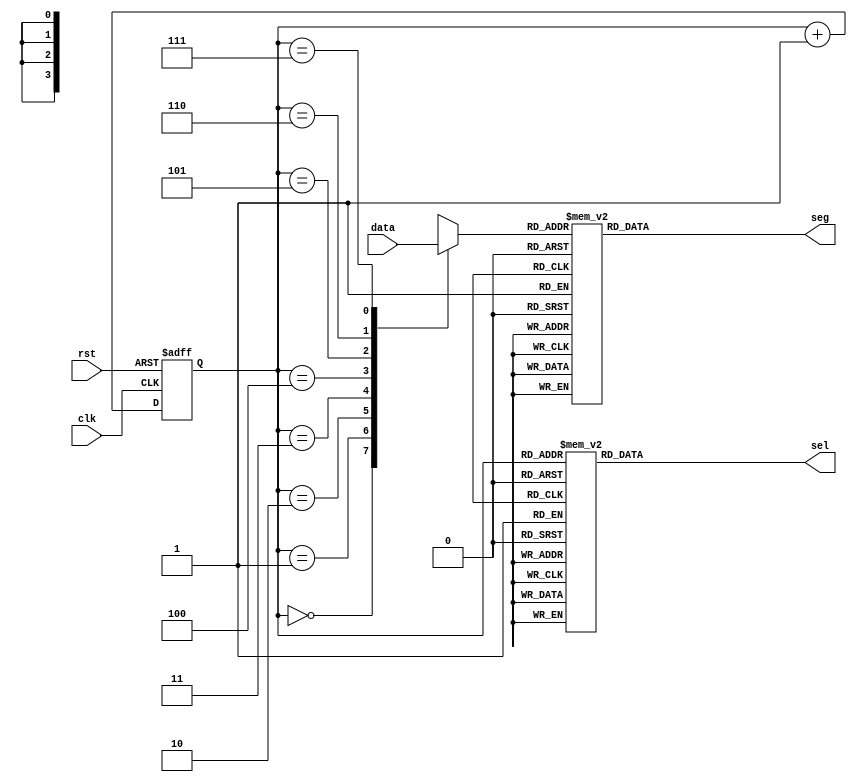
module dongtaishumaguan(clk,rst,data,sel,seg);
    input clk;
	 input rst;
	 input [31:0] data;
	 output reg [7:0] sel;
	 output reg [7:0] seg;
	 reg [2:0] cnt;
	 always @(posedge clk or negedge rst)
	   begin
	    if(!rst)
	      cnt <= 0;
	    else
	      cnt <= cnt+1'b1;
	   end
	 always @(*)begin
	  case(cnt)
	   0:sel = 8'b0000_0001;
	   1:sel = 8'b0000_0010;
	   2:sel = 8'b0000_0100;
	   3:sel = 8'b0000_1000;
	   4:sel = 8'b0001_0000;
	   5:sel = 8'b0010_0000;
	   6:sel = 8'b0100_0000;
	   7:sel = 8'b1000_0000;
	  endcase
	end
	 reg [3:0] data_1;
	always@(*)begin
	  case(cnt)
	    0:data_1 = data[31:28];
		1:data_1 = data[27:24];
		2:data_1 = data[23:20];
		3:data_1 = data[19:16];
		4:data_1 = data[15:12];
		5:data_1 = data[11:8];
		6:data_1 = data[7:4];
		7:data_1 = data[3:0];
	  endcase
	end
	always @(*)begin
	  case(data_1)
	     0:seg = 8'hc0;
		 1:seg = 8'hf9;
		 2:seg = 8'ha4;
		 3:seg = 8'hb0;
		 4:seg = 8'h99;
		 5:seg = 8'h92;
		 6:seg = 8'h82;
		 7:seg = 8'hf8;
		 8:seg = 8'h80;
		 9:seg = 8'h90;
	 4'ha:seg = 8'h88;
	 4'hb:seg = 8'h83;
	 4'hc:seg = 8'hc6;
	 4'hd:seg = 8'ha1;
	 4'he:seg = 8'h86;
	 4'hf:seg = 8'hbf;//
	  endcase
	end
endmodule